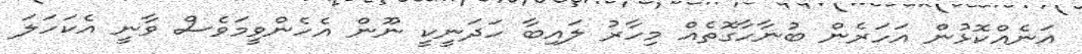
އަނެއްކޮޅުން އަހަރެން ބުނާހާގޮތެއް މިހާރު ލައިބާ ހަދަނީކީ ނޫން އެހެންވީމަވެސް ވާނީ އެކަހަލަ